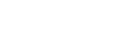
ပြည်တွင်းရော